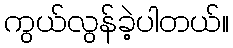
ကွယ်လွန်ခဲ့ပါတယ်။